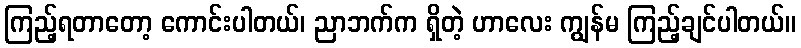
ကြည့်ရတာတော့ ကောင်းပါတယ်၊ ညာဘက်က ရှိတဲ့ ဟာလေး ကျွန်မ ကြည့်ချင်ပါတယ်။